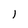
Character: 1